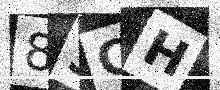
Text: 83CH